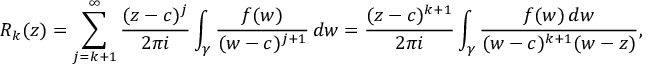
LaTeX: R _ { k } ( z ) = \sum _ { j = k + 1 } ^ { \infty } { \frac { ( z - c ) ^ { j } } { 2 \pi i } } \int _ { \gamma } { \frac { f ( w ) } { ( w - c ) ^ { j + 1 } } } \, d w = { \frac { ( z - c ) ^ { k + 1 } } { 2 \pi i } } \int _ { \gamma } { \frac { f ( w ) \, d w } { ( w - c ) ^ { k + 1 } ( w - z ) } } , \qquad z \in W .